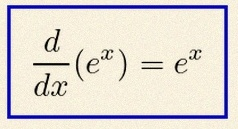
\frac{d}{dx}(e^x)=e^x